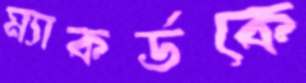
ম্যাকর্ডকে